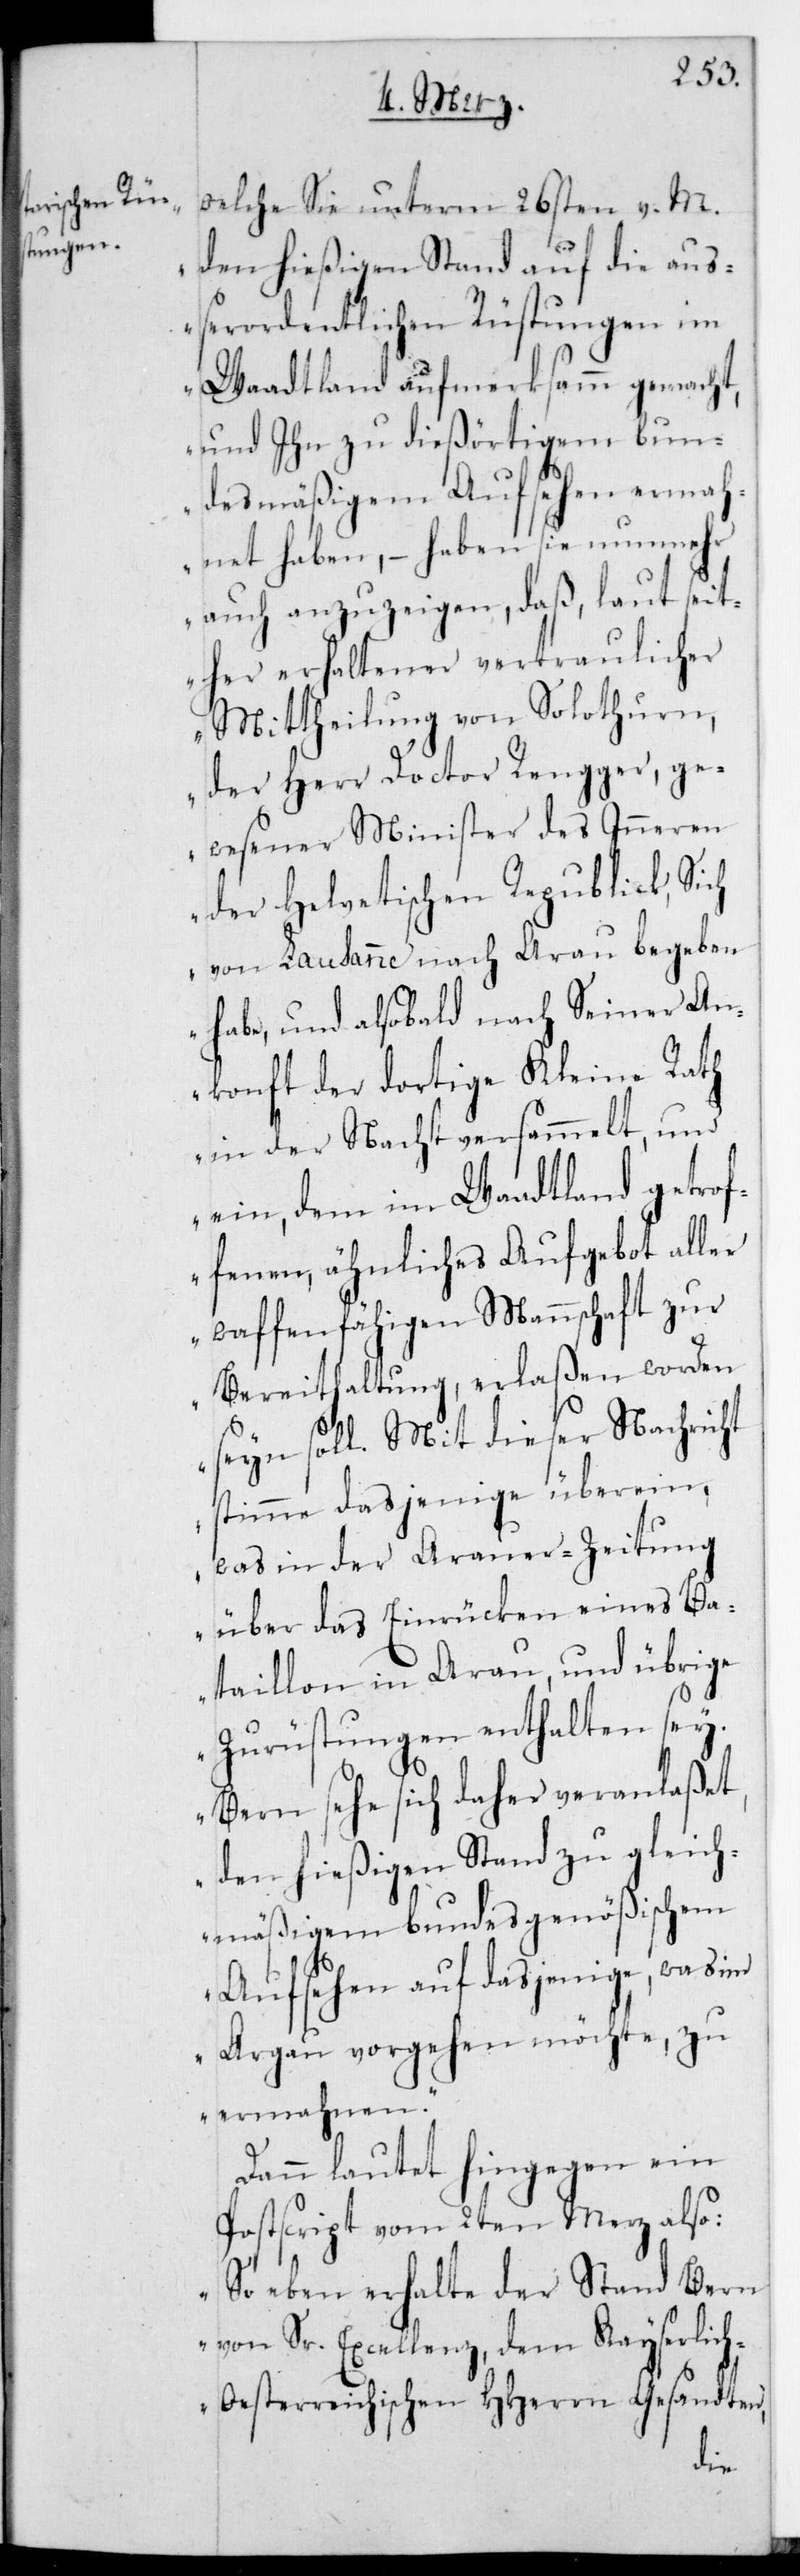
welche Sie unterm 26sten v. M.
den hießigen Stand auf die auß¬
erordentlichen Rüstungen im
Waadtland aufmerksamm gemacht,
und Ihn zu dießörtigem bun¬
desmäßigem Aufsehen ermah¬
net haben, – haben sie nunmehr
auch anzuzeigen, daß laut seit¬
her erhaltener vertraulicher
Mittheilung von Solothurn,
der Herr Doctor Rengger, ge¬
wesener Minister des Inneren
der Helvetischen Republik, sich
von Lausanne nach Arau begeben
habe, und alsobald nach seiner An¬
konft der dortige Kleine Rath
in der Nacht versammelt, und
ein, dem im Waadtland getrof¬
fenen, ähnliches Aufgebot aller
waffenfähigen Mannschaft zur
Bereithaltung erlaßen worden
sein soll. Mit dieser Nachricht
stimme dasjenige überein,
was in der Arauer-Zeitung
über das Einrücken eines Ba¬
taillon in Arau und übrige
Zurüstungen enthalten sei.
Bern sehe sich daher veranlaßet,
den hießigen Stand zu gleich¬
mäßigem bundesgenößigem
Aufsehen auf dasjenige, was im
Argau vorgehen möchte, zu
ermahnen“.
Dann lautet hingegen ein
Postscript vom 2ten Merz also:
„Soeben erhalte der Stand Bern
von Sr. Excellenz dem Kayserlic¬
h-Oesterreichischen Herrn Gesandten,